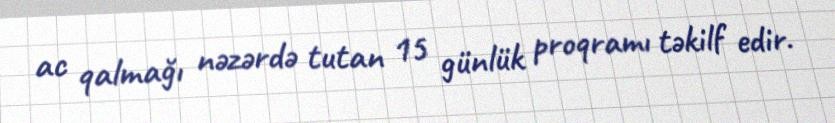
ac qalmağı nəzərdə tutan 15 günlük proqramı təkilf edir.